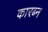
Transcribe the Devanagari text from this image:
कारब्न